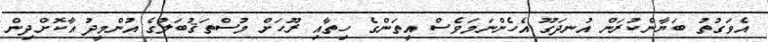
އެވަގުތު ބަޔާންކުރަން އުނދަގޫ އެހެންނަމަވެސް އީތަންގެ ހިތާއި ރޫހަށް މުސްތަޤުބަލުގެ އުންމީދު އާކޮށްދިން